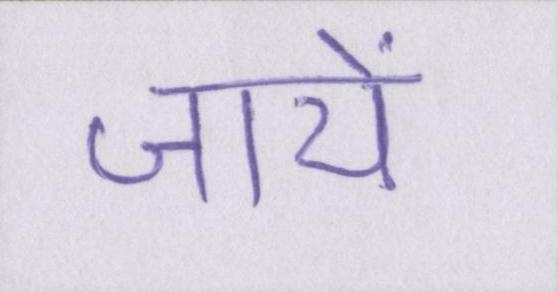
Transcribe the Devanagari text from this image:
जायें